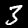
Digit: 3